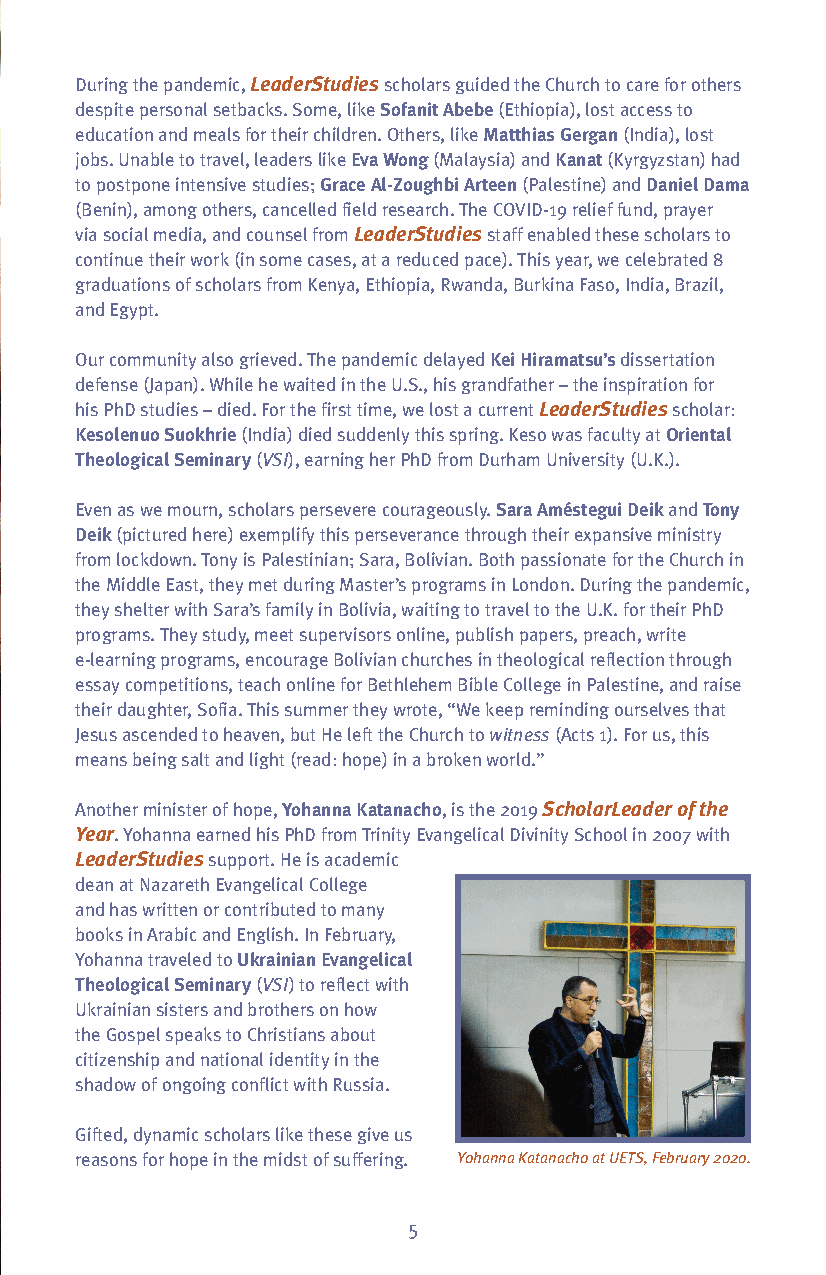
During the pandemic, LeaderStudiesscholars guided the Church to care for others
 despite personal setbacks. Some, like Sofanit Abebe(Ethiopia), lost access to
 education and meals for their children. Others, like Matthias Gergan(India), lost
 jobs. Unable to travel, leaders like Eva Wong(Malaysia) and Kanat(Kyrgyzstan) had
 to postpone intensive studies; Grace Al-Zoughbi Arteen(Palestine) and Daniel Dama
 (Benin), among others, cancelled field research. The COVID-19 relief fund, prayer
 via social media, and counsel from LeaderStudiesstaff enabled these scholars to
 continue their work (in some cases, at a reduced pace). This year, we celebrated 8
 graduations of scholars from Kenya, Ethiopia, Rwanda, Burkina Faso, India, Brazil,
 and Egypt.
 Our community also grieved. The pandemic delayed Kei Hiramatsu’s dissertation
 defense (Japan). While he waited in the U.S., his grandfather – the inspiration for
 his PhD studies – died. For the first time, we lost a current LeaderStudiesscholar:
 Kesolenuo Suokhrie(India) died suddenly this spring. Keso was faculty at Oriental
 Theological Seminary(VSI), earning her PhD from Durham University (U.K.).
 Even as we mourn, scholars persevere courageously. Sara Améstegui Deikand Tony
 Deik(pictured here) exemplify this perseverance through their expansive ministry
 from lockdown. Tony is Palestinian; Sara, Bolivian. Both passionate for the Church in
 the Middle East, they met during Master’s programs in London. During the pandemic,
 they shelter with Sara’s family in Bolivia, waiting to travel to the U.K. for their PhD
 programs. They study, meet supervisors online, publish papers, preach, write
 e-learning programs, encourage Bolivian churches in theological reflection through
 essay competitions, teach online for Bethlehem Bible College in Palestine, and raise
 their daughter, Sofia. This summer they wrote, “We keep reminding ourselves that
 Jesus ascended to heaven, but He left the Church to witness (Acts 1). For us, this
 means being salt and light (read: hope) in a broken world.”
 Another minister of hope, Yohanna Katanacho, is the 2019 ScholarLeader of the
 Year. Yohanna earned his PhD from Trinity Evangelical Divinity School in 2007 with
 LeaderStudiessupport. He is academic
 dean at Nazareth Evangelical College
 and has written or contributed to many
 books in Arabic and English. In February,
 Yohanna traveled to UkrainianEvangelical
 Theological Seminary(VSI) to reflect with
 Ukrainian sisters and brothers on how
 the Gospel speaks to Christians about
 citizenship and national identity in the
 shadow of ongoing conflict with Russia.
 Gifted, dynamic scholars like these give us
 reasons for hope in the midst of suffering. Yohanna Katanacho at UETS, February 2020.
 5